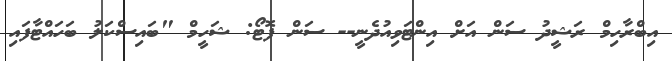
އިބްރާހިމް ރަޝީދު ސަން އަށް އިންޓަވިއުދެނީ-- ސަން ފޮޓޯ: ޝަހީމް "ބައިސްކަލު ބަހައްޓާފައި